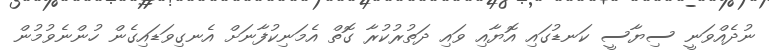
ނުދެއްވަނީ ސިޔާސީ ކަނޑުގައި އޮޔާއި ވައި ދަތުރުކުރާ ގޮތް އެމަނިކުފާނަށް އެނގިވަޑައިގެން ހުންނެވުމުން